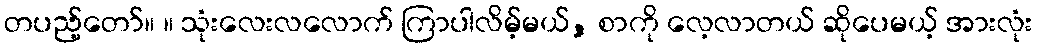
တပည့်တော်။ ။ သုံးလေးလလောက် ကြာပါလိမ့်မယ်, စာကို လေ့လာတယ် ဆိုပေမယ့် အားလုံး